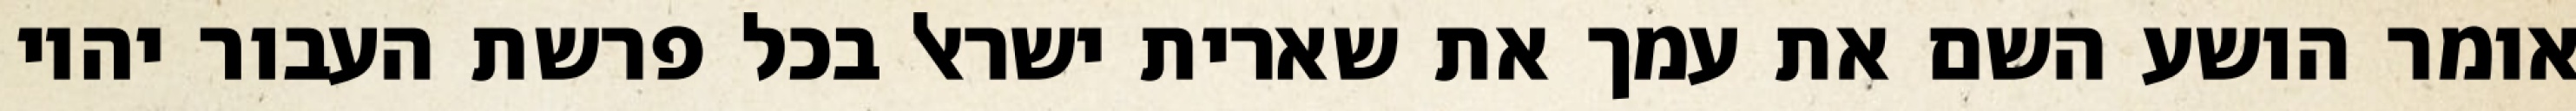
אומר הושע השם את עמך את שארית ישראל בכל פרשת העבור יהיו